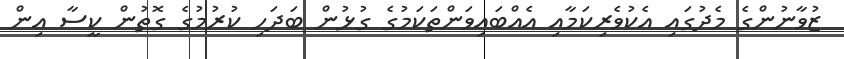
ޒުވާނުންގެ މެދުގައި އެކުވެރިކަމާއި އެއްބައިވަންތަކަމުގެ ގުޅުން ބަދަހި ކުރުމުގެ ގޮތުން ކީސާ އިން